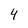
Character: 4